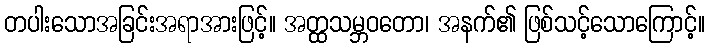
တပါးသောအခြင်းအရာအားဖြင့်။ အတ္ထသမ္ဘဝတော၊ အနက်၏ ဖြစ်သင့်သောကြောင့်။